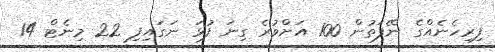
ފިރިހެނެއްގެ ނޭފަތުން 100 އަށްވުރެ ގިނަ ފުޅަ ނަގައިފި 22 މިނެޓް 14